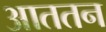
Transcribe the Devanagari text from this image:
आततन